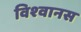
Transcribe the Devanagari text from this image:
विश्‍वानस